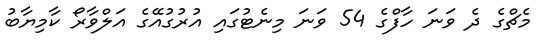
މެޗްގެ ދެ ވަނަ ހާފްގެ 54 ވަނަ މިނެޓުގައި އުރުގުއޭގެ އަލްވާރޯ ކާމިޔާބު